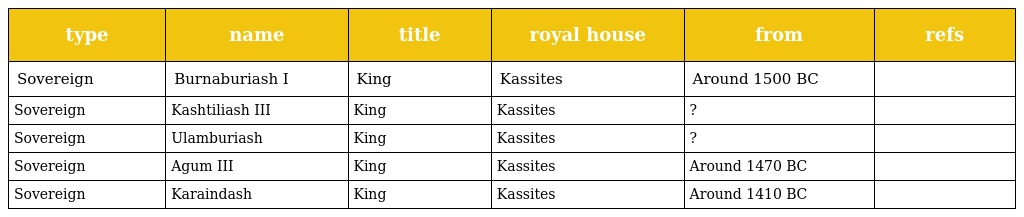
| type | name | title | royal house | from | refs |
 | --- | --- | --- | --- | --- | --- |
 | Sovereign | Burnaburiash I | King | Kassites | Around 1500 BC |  |
 | Sovereign | Kashtiliash III | King | Kassites | ? |  |
 | Sovereign | Ulamburiash | King | Kassites | ? |  |
 | Sovereign | Agum III | King | Kassites | Around 1470 BC |  |
 | Sovereign | Karaindash | King | Kassites | Around 1410 BC |  |